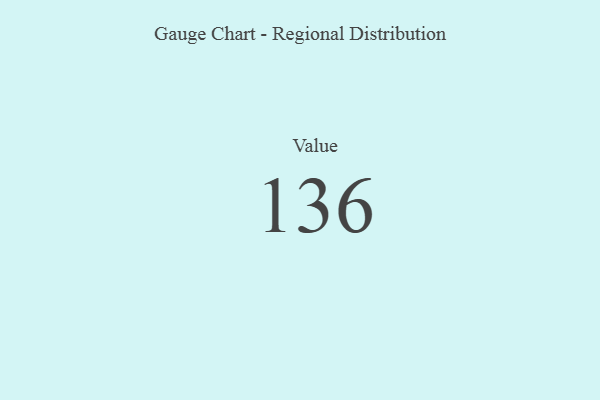
{"axis": {"x": "Metric", "y": "Value"}, "legend": [""], "data": [{"x": "Value", "y": 136, "type": ""}]}